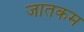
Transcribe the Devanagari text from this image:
जातकम